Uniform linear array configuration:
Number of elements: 24
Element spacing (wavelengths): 0.75
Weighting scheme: binomial
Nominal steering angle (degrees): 0
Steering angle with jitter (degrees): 0.01045
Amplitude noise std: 0.05
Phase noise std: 0.05

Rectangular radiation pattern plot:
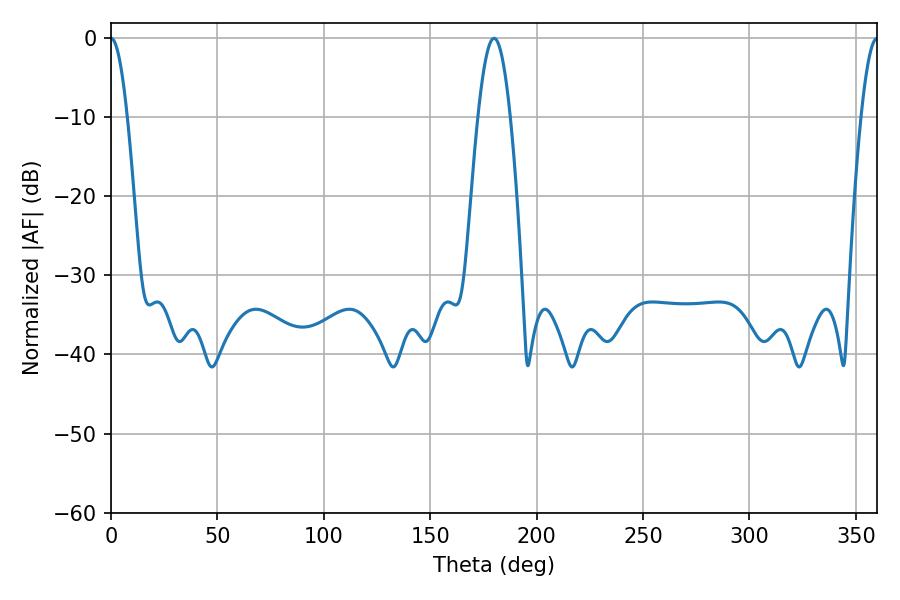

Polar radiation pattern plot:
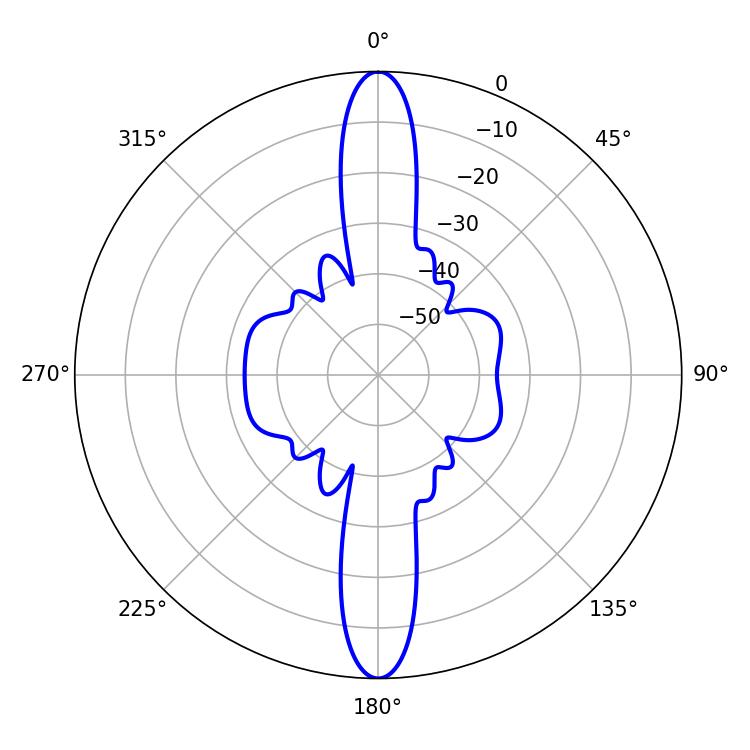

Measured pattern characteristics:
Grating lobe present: TRUE
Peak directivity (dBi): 51.403
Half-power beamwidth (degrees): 4.14
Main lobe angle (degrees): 0